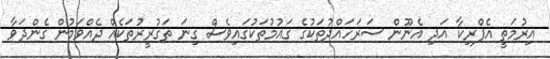
އިރުމަތީ އެފްރިކާ އަދި އެނޫން ސަރަހައްދުތަކުގެ ގައުމުތަކުގައިވެސް ގިނަ ތަގުރީރުތަކެއް ދެއްވަމުން ގެންދަވާ